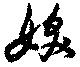
妖